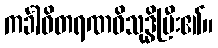
ကင်္ခါဝိတရဏဝိသုဒ္ဓိပြီး၏။